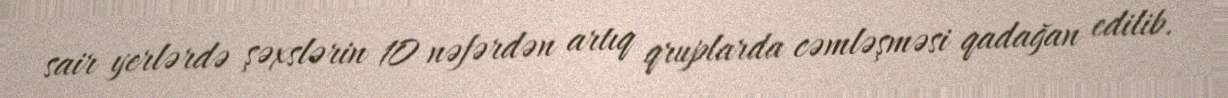
sair yerlərdə şəxslərin 10 nəfərdən artıq qruplarda cəmləşməsi qadağan edilib.